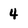
Character: 4